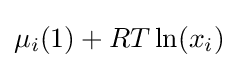
\mu _{i}(1)+RT\ln(x_{i})